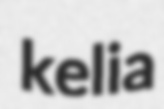
kelia